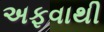
અફવાથી